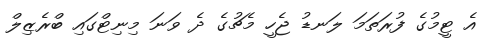
އެ ޓީމުގެ ފުރަތަމަ ލަނޑު ޖެހީ މެޗުގެ ދެ ވަނަ މިނިޓްގައި ބްރެޒިލް